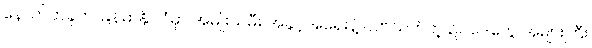
နောက်တခုက မြန်မာနိုင်ငံမှာ အမျိုးသမီး အခွင့်အရေးနဲ့ ပတ်သက်တဲ့ ဥပဒေတွေ အများကြီး